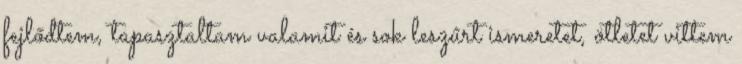
fejlődtem, tapasztaltam valamit és sok leszűrt ismeretet, ötletet vittem